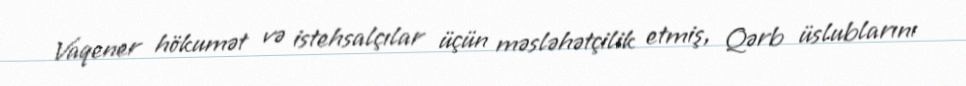
Vaqener hökumət və istehsalçılar üçün məsləhətçilik etmiş, Qərb üslublarını